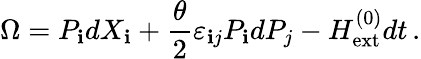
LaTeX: \Omega=P_{\mathbf{i}}dX_{\mathbf{i}}+\frac{{\theta}}{{2}}\varepsilon_{\mathbf{i}j}P_{\mathbf{i}}dP_{j}-H_{\mathrm{{ext}}}^{(0)}dt\, .